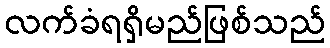
လက်ခံရရှိမည်ဖြစ်သည်